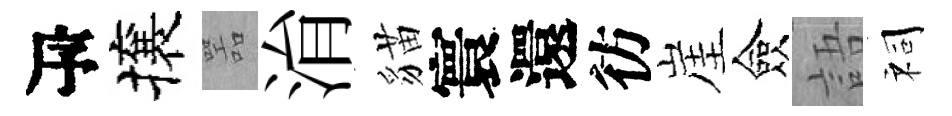
瓴攘噐㳙貓寰還彷崖僉語祠